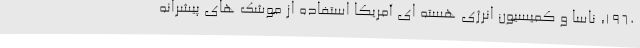
1960، ناسا و کمیسیون انرژی هسته ای آمریکا استفاده از موشک های پیشرانه